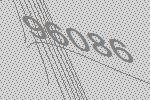
96086